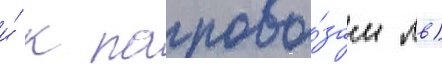
и́ к парово́зам лв)